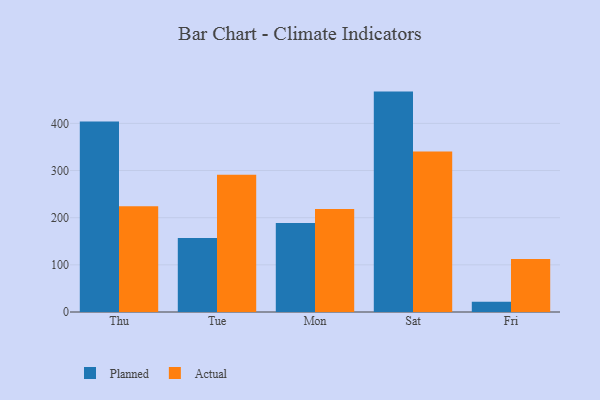
{"axis": {"x": "Day", "y": "Satisfaction Score"}, "legend": ["Actual", "Planned"], "data": [{"x": "Thu", "y": 403.8, "type": "Planned"}, {"x": "Thu", "y": 224.2, "type": "Actual"}, {"x": "Tue", "y": 156.9, "type": "Planned"}, {"x": "Tue", "y": 290.9, "type": "Actual"}, {"x": "Mon", "y": 188.6, "type": "Planned"}, {"x": "Mon", "y": 218.4, "type": "Actual"}, {"x": "Sat", "y": 467.4, "type": "Planned"}, {"x": "Sat", "y": 340.4, "type": "Actual"}, {"x": "Fri", "y": 21.7, "type": "Planned"}, {"x": "Fri", "y": 112.6, "type": "Actual"}]}